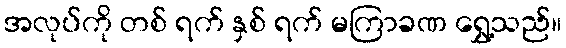
အလုပ်ကို တစ် ရက် နှစ် ရက် မကြာခဏ ရွှေ့သည်။